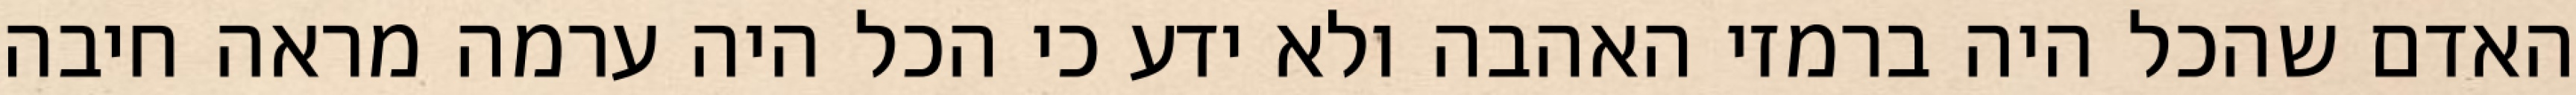
האדם שהכל היה ברמזי האהבה ולא ידע כי הכל היה ערמה מראה חיבה